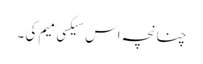
چنانچہ اس سیکسی میم کی ۔